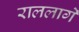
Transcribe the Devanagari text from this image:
राललागे